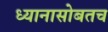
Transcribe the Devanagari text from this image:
ध्यानासोबतच